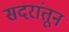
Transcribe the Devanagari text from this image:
सदरांतून